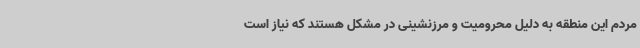
مردم این منطقه به دلیل محرومیت و مرزنشینی در مشکل هستند که نیاز است